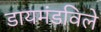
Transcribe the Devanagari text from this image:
डायमंडविले